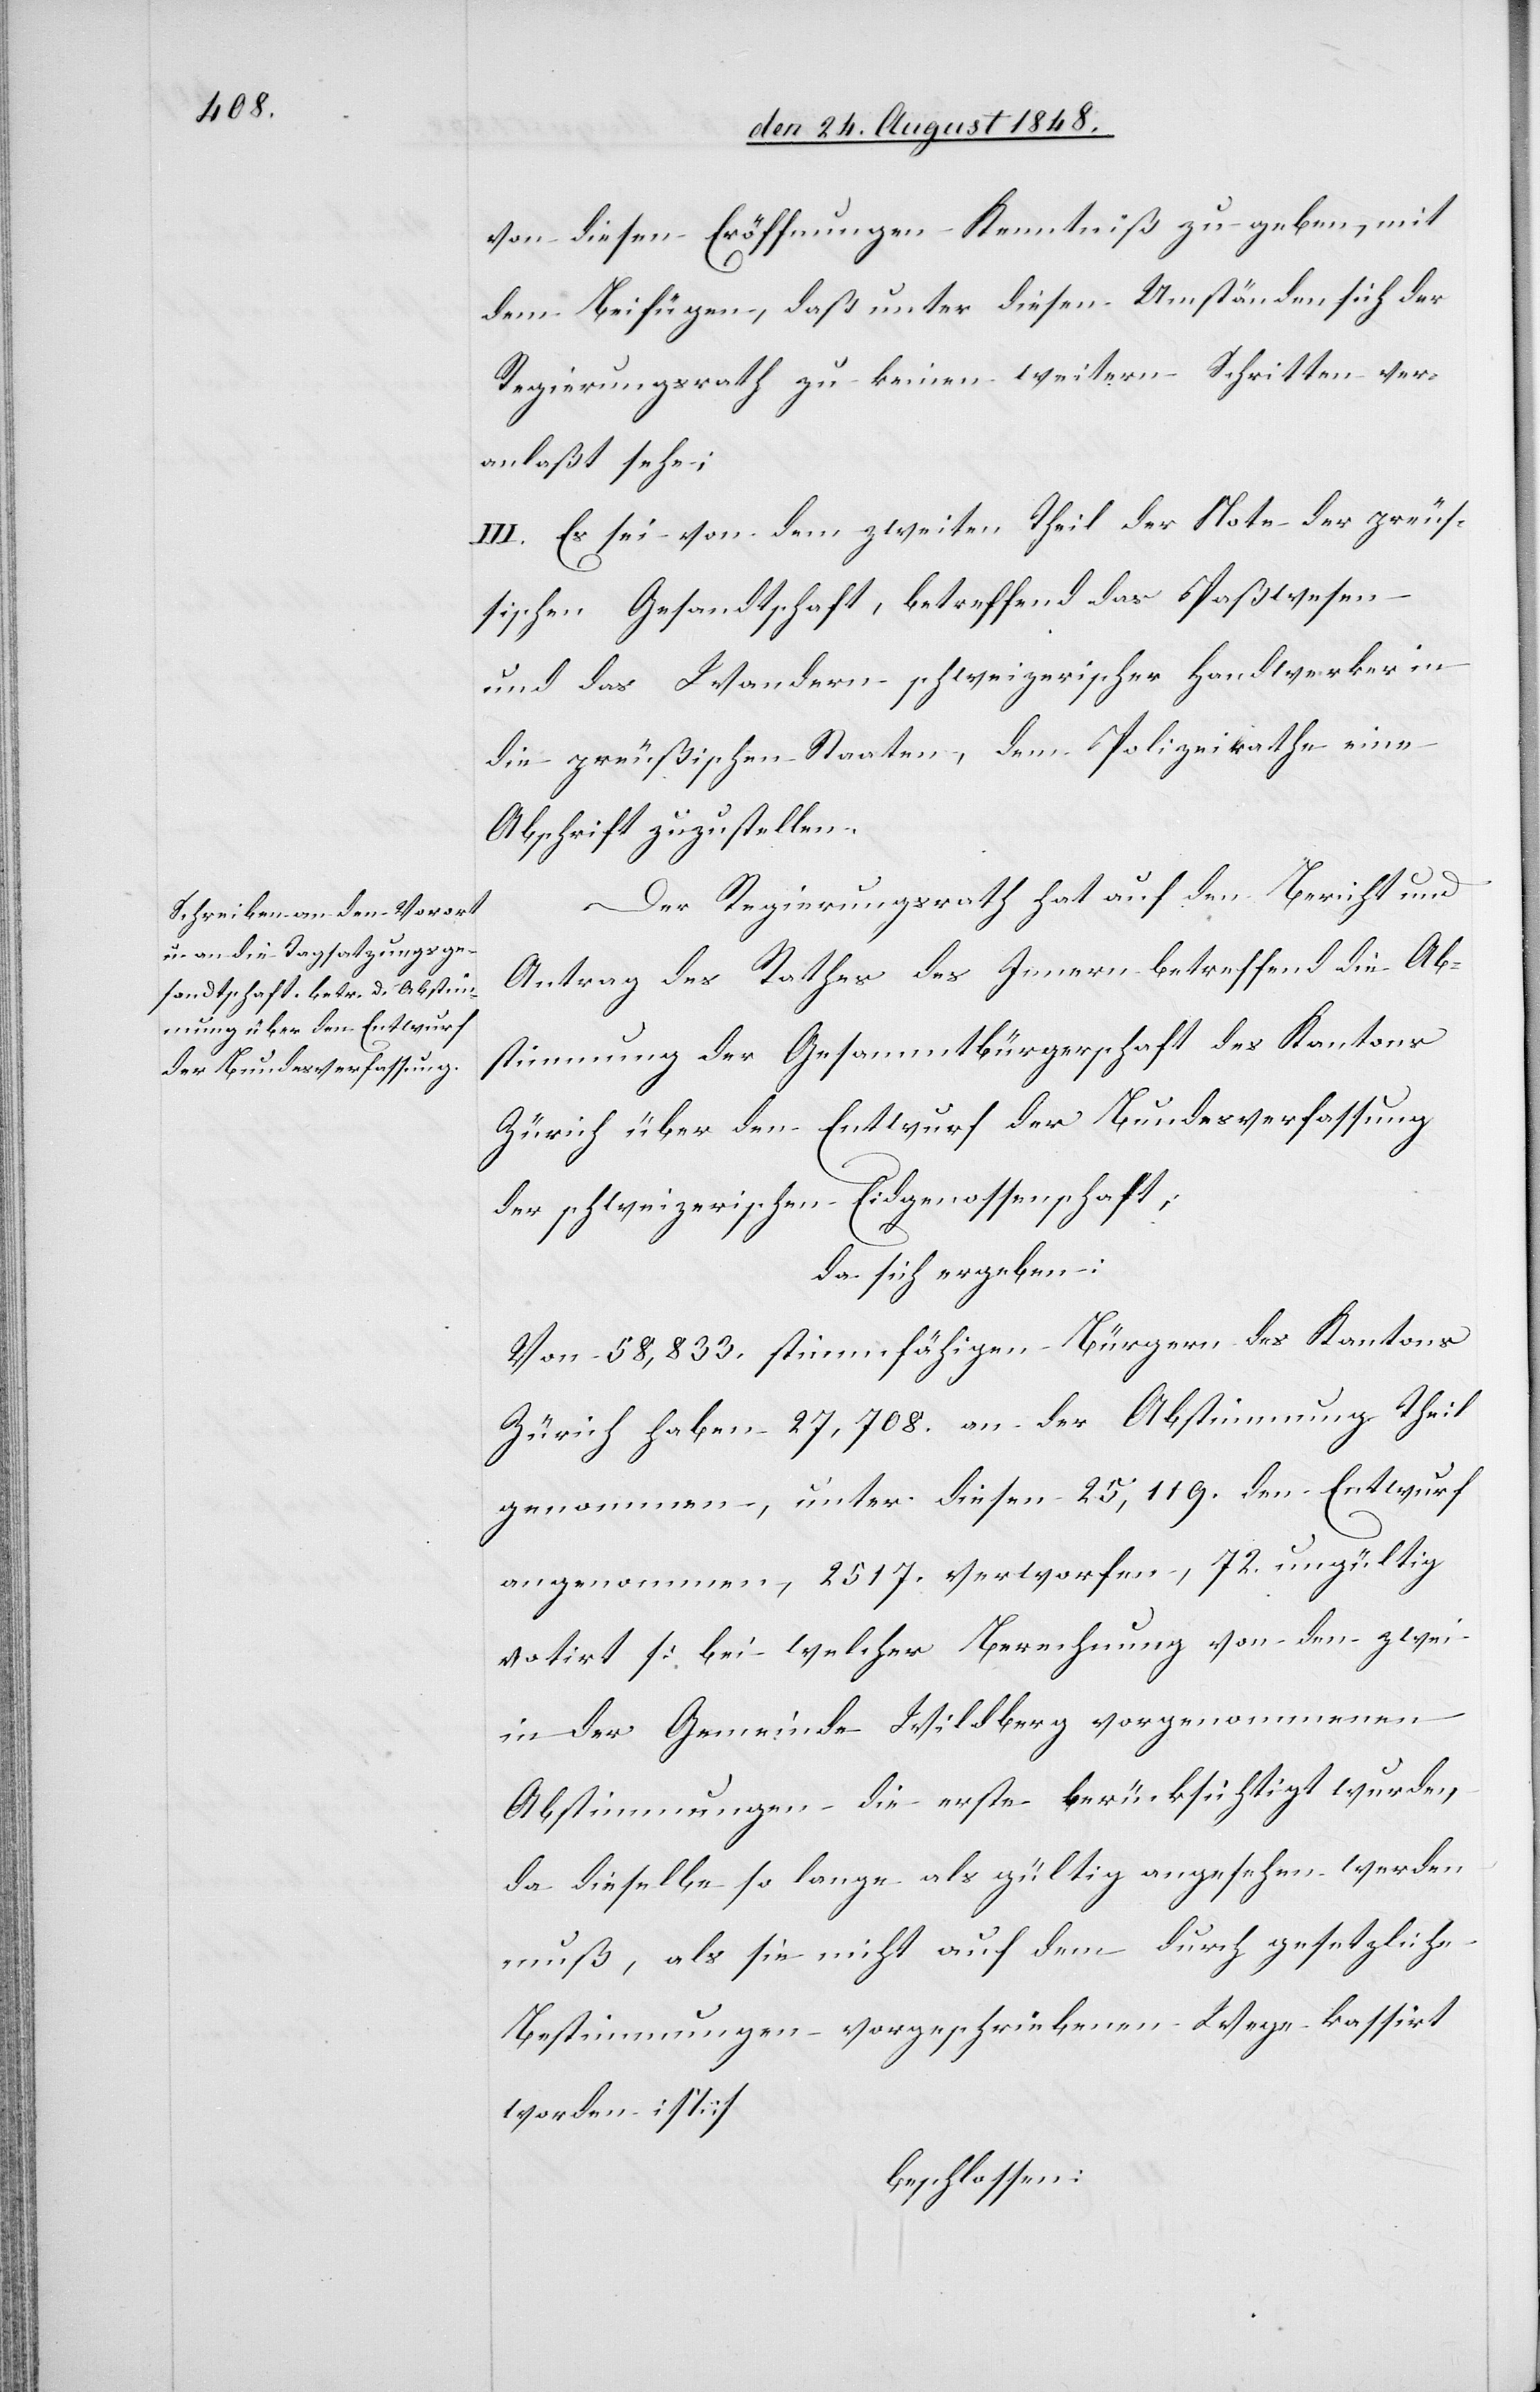
von diesen Eröffnungen Kenntniß zu geben, mit
dem Beifügen, daß unter diesen Umständen sich der
Regierungsrath zu keinen weitern Schritten ver¬
anlaßt sehe;
III. Es sei von dem zweiten Teil der Note der preuß¬
ischen Gesandtschaft, betreffend das Paßwesen
und das Wandern schweizerischer Handwerker in
die preußischen Staaten, dem Polizeirathe eine
Abschrift zuzustellen.
Der Regierungsrath hat auf den Bericht und
Antrag des Rathes des Innern betreffend die Ab¬
stimmung der Gesammtbürgerschaft des Kantons
Zürich über den Entwurf der Bundesverfassung
der schweizerischen Eidgenossenschaft;
da sich ergeben:
Von 58,833. stimmfähigen Bürgern des Kantons
Zürich haben 27,708. an der Abstimmung Theil
genommen, unter diesen 25,119. den Entwurf
angenommen, 2517. verworfen, 72. ungültig
votirt [bei welcher Berechnung von den zwei
in der Gemeinde Wildberg vorgenommenen
Abstimmungen die erste berücksichtigt wurde,
da dieselbe so lange als gültig angesehen werden
muß, als sie nicht auf dem durch gesetzliche
Bestimmungen vorgeschriebenen Wege kassirt
worden ist]
beschlossen: